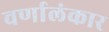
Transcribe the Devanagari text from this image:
वर्णालंकार